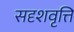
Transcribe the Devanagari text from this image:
सदृशवृत्ति